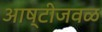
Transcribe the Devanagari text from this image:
आष्टीजवळ